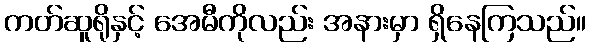
ကတ်ဆူရိုနှင့် အေမီကိုလည်း အနားမှာ ရှိနေကြသည်။